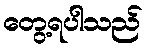
တွေ့ရပါသည်